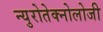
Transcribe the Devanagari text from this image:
न्युरोतेक्नोलोजी